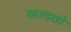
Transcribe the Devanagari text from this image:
लादतो